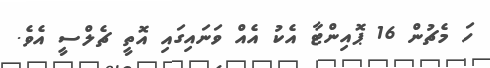
ހަ މެޗުން 16 ޕޮއިންޓާ އެކު އެއް ވަނައިގައި އޮތީ ޗެލްސީ އެވެ.